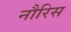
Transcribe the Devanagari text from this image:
नौरिस